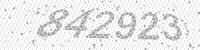
Solution: 842923